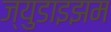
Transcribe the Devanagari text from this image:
ज्युडाइझम